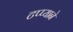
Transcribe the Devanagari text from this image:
टप्प्याने